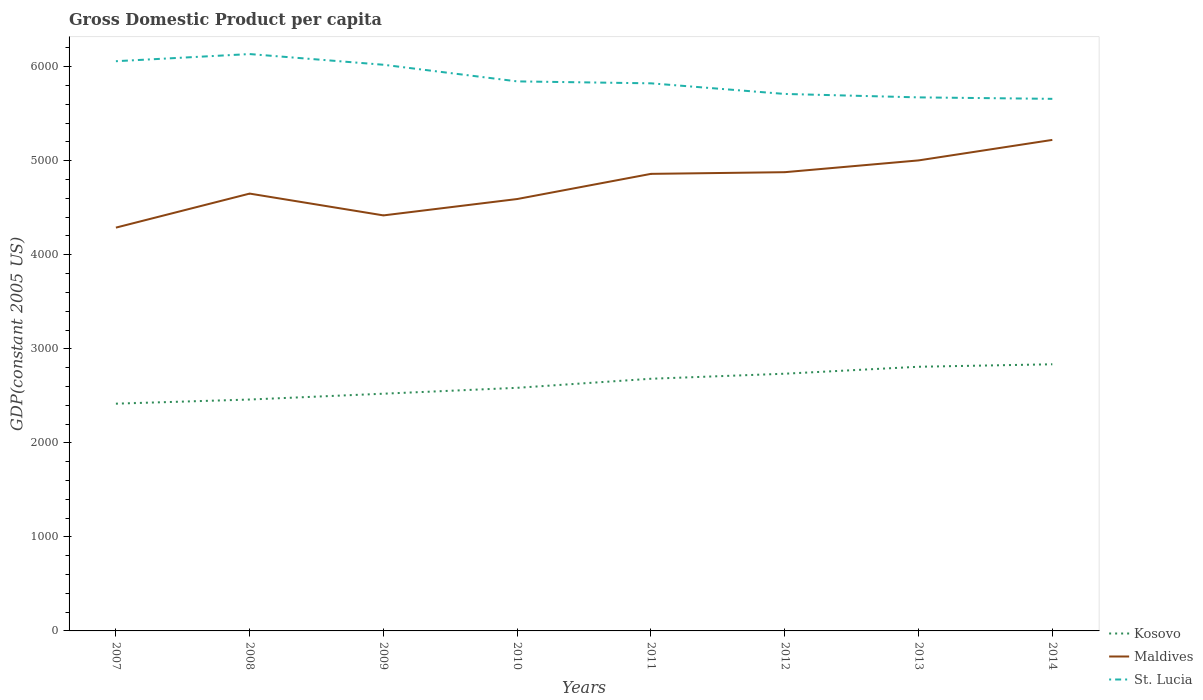
| Years | Kosovo | Maldives | St. Lucia |
 | --- | --- | --- | --- |
 | 2007 | 2.42e+03 | 4.29e+03 | 6.06e+03 |
 | 2008 | 2.46e+03 | 4.65e+03 | 6.13e+03 |
 | 2009 | 2.52e+03 | 4.42e+03 | 6.02e+03 |
 | 2010 | 2.59e+03 | 4.59e+03 | 5.84e+03 |
 | 2011 | 2.68e+03 | 4.86e+03 | 5.82e+03 |
 | 2012 | 2.74e+03 | 4.88e+03 | 5.71e+03 |
 | 2013 | 2.81e+03 | 5e+03 | 5.67e+03 |
 | 2014 | 2.84e+03 | 5.22e+03 | 5.66e+03 |